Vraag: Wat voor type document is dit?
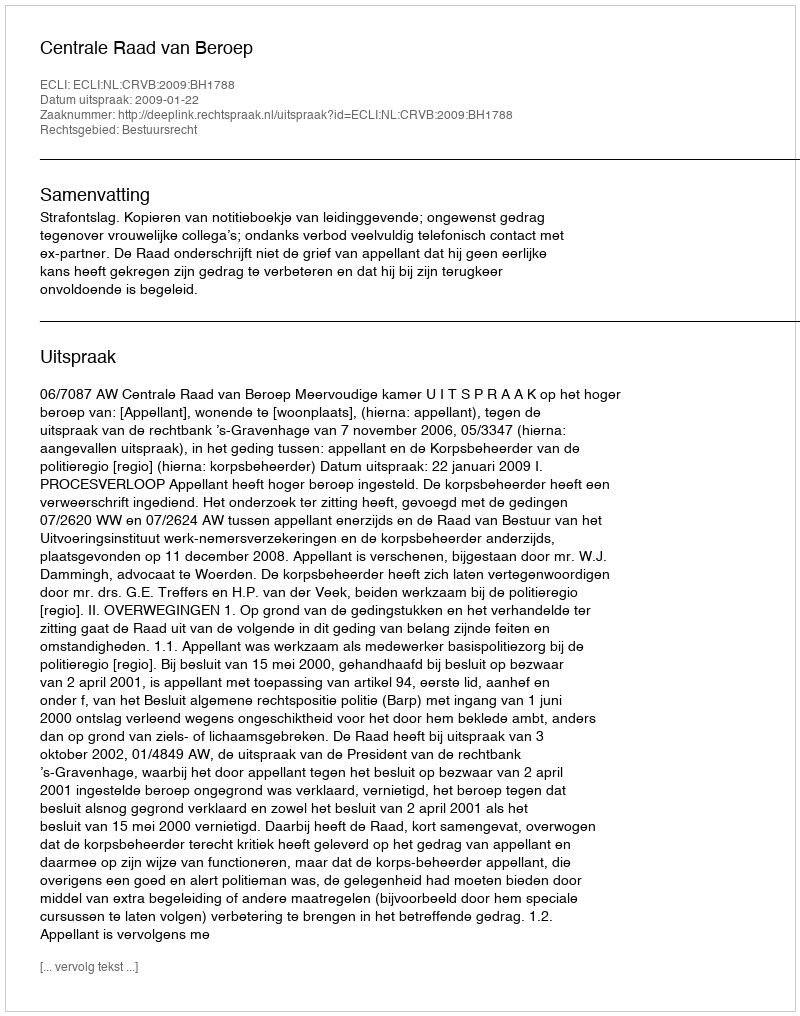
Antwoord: Uitspraak